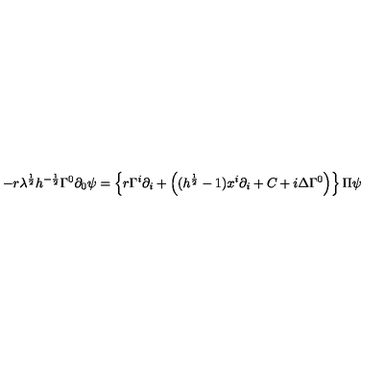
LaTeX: - r \lambda ^ { \frac { 1 } { 2 } } h ^ { - \frac { 1 } { 2 } } \Gamma ^ { 0 } \partial _ { 0 } \psi = \left\{ r \Gamma ^ { i } \partial _ { i } + \left( ( h ^ { \frac { 1 } { 2 } } - 1 ) x ^ { i } \partial _ { i } + C + i \Delta \Gamma ^ { 0 } \right) \right\} \Pi \psi